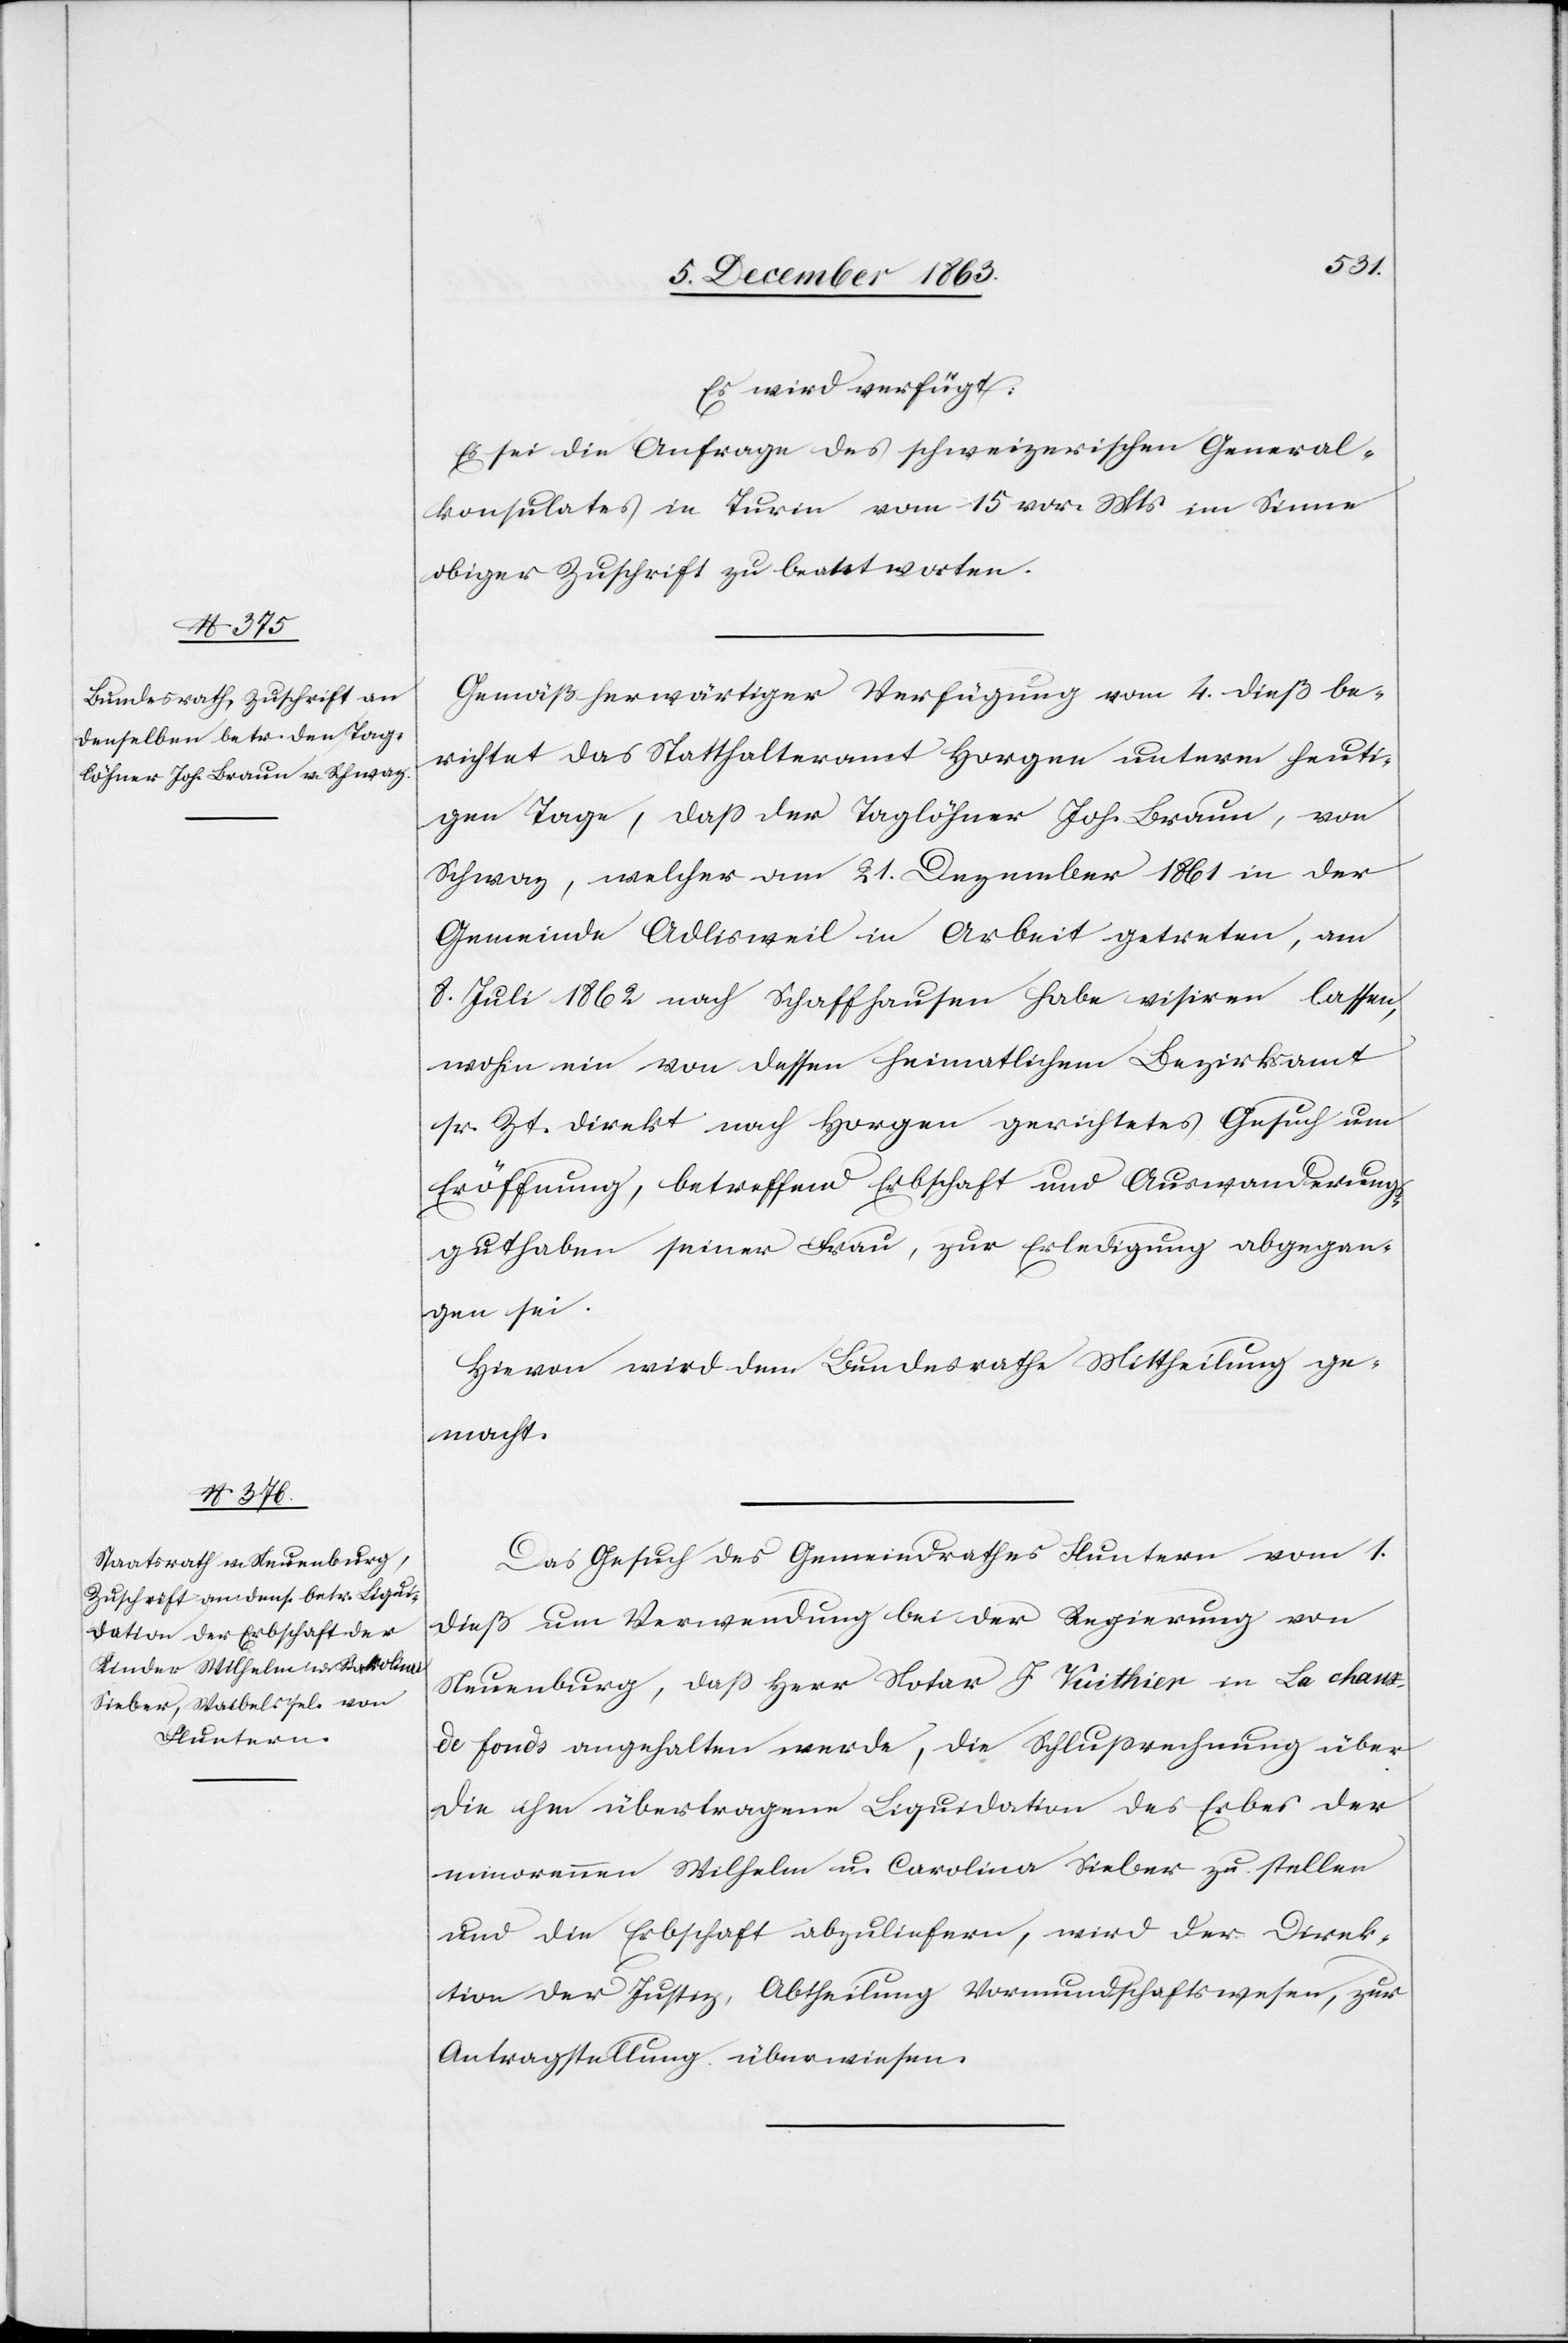
7. December 1863.]
Es wird verfügt:
Es sei die Anfrage des schweizerischen General¬
konsulates in Turin vom 15 vor. Mts. im Sinne
obiger Zuschrift zu beantworten.
Gemäß herwärtiger Verfügung vom 4. dieß be¬
richtet das Statthalteramt Horgen unterm heuti¬
gen Tage, dass der Taglöhner Joh. Braun, von
Schwaz, welcher am 21. Dezember 1861 in der
Gemeinde Adlisweil in Arbeit getreten, am
8. Juli 1862 nach Schaffhausen habe visiren lassen,
wohin ein von dessen heimatlichem Bezirksamt
sr. Zt. direkt nach Horgen gerichtetes Gesuch um
Eröffnung, betreffend Erbschaft und Auswanderungs¬
guthaben seiner Frau, zur Erledigung abgegan¬
gen sei.
Hievon wird dem Bundesrathe Mittheilung ge¬
macht.
Das Gesuch des Gemeindrathes Fluntern vom 1.
dieß um Verwendung bei der Regierung von
Neuenburg, dass Herr Notar J. Vuithier in La chaux
de fonds angehalten werde, die Schlussrechnung über
die ihm übertragene Liquidation des Erbes der
minorennen Wilhelm u. Carolina Sieber zu stellen
und die Erbschaft abzuliefern, wird der Direk¬
tion der Justiz, Abtheilung Vormundschaftswesen, zur
Antragstellung überwiesen.